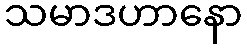
သမာဒဟာနော